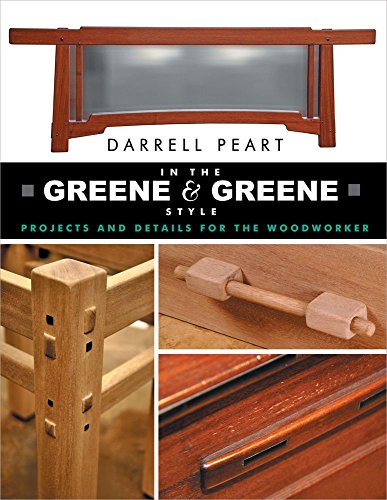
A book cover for In the Greene & Greene Style: Projects and Details for the Woodworker; Darrell Peart; Arts & Photography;